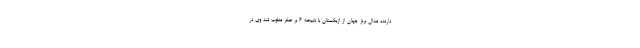
دارنده مدال برنز جهان از ازبکستان با نتیجه ۶ بر صفر مغلوب شد وی در